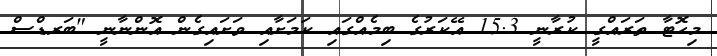
މިހޮޓާ ތަރައްގީ ކުރާނީ 15.3 އޭކަރުގެ ބިމެއްގައި ކަމަށާއި ވަށައިގެން އޮންނާނީ "ބަރޑްސް